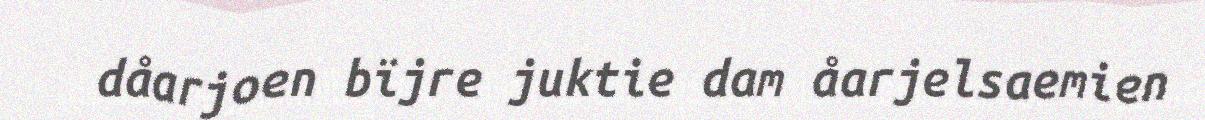
dåarjoen bïjre juktie dam åarjelsaemien